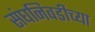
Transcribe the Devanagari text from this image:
संघनिवडीच्या